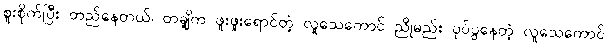
စူးစိုက်ပြီး တည်နေတယ်၊ တချို့က ဖူးဖူးရောင်တဲ့ လူသေကောင် ညိုမည်း ပုပ်ပွနေတဲ့ လူသေကောင်